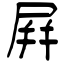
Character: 屛